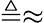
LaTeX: \triangleq\approx